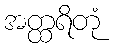
အတ္ထရိတုံ